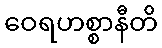
ဝေရဟစ္စာနီတိ